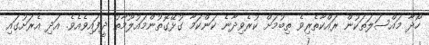
ހޯދާ މައްސަލަތަކުން ރައްކާތެރިވެ ތިބުމަށް ކުރެވިދާނެ ކަންކަމާ ގުޅޭގޮތުންމައުލޫމާތު ދީފައިވެއެވެ. އަދި އެރަށުގައި